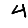
Digit: 4